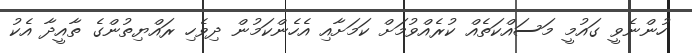
ހުންނެވީ ގައުމީ މަސައްކަތެއް ކުރެއްވުމަށް ކަމަށާއި އެހެންކަމުން ދިވެހި ރައްޔިތުންގެ ތާއީދާ އެކު